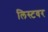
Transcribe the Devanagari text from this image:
लिस्टवर